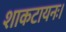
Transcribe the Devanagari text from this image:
शाकटायनः।